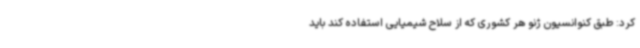
کرد: طبق کنوانسیون ژنو هر کشوری که از سلاح شیمیایی استفاده کند باید